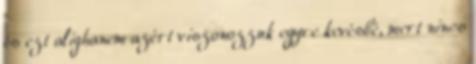
és ezt alighanem azért viszonozzuk egyre kevésbé, mert nincs